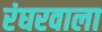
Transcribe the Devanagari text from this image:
रंघरवाला